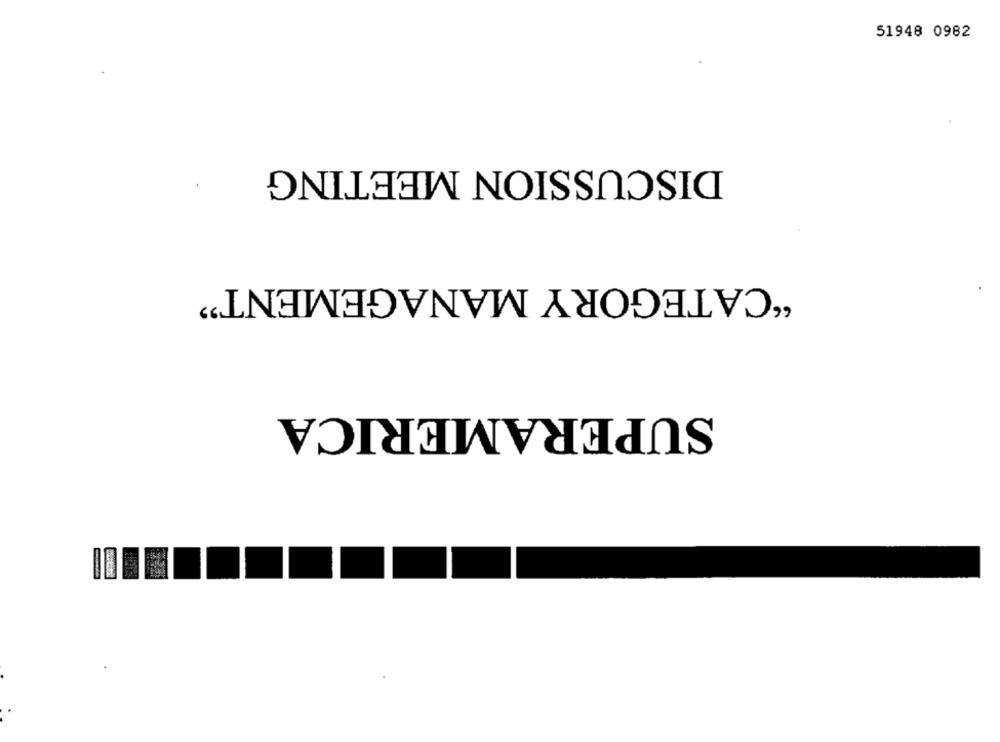
51948 0982
DISCUSSION MEETING
"CATEGORY MANAGEMENT"
SUPERAMERICA